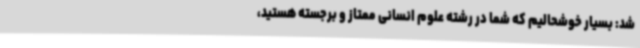
شد: بسیار خوشحالیم که شما در رشته علوم انسانی ممتاز و برجسته هستید،